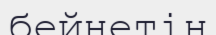
бейнетін